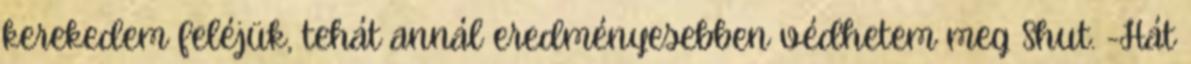
kerekedem feléjük, tehát annál eredményesebben védhetem meg Shut. -Hát